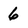
Character: 6